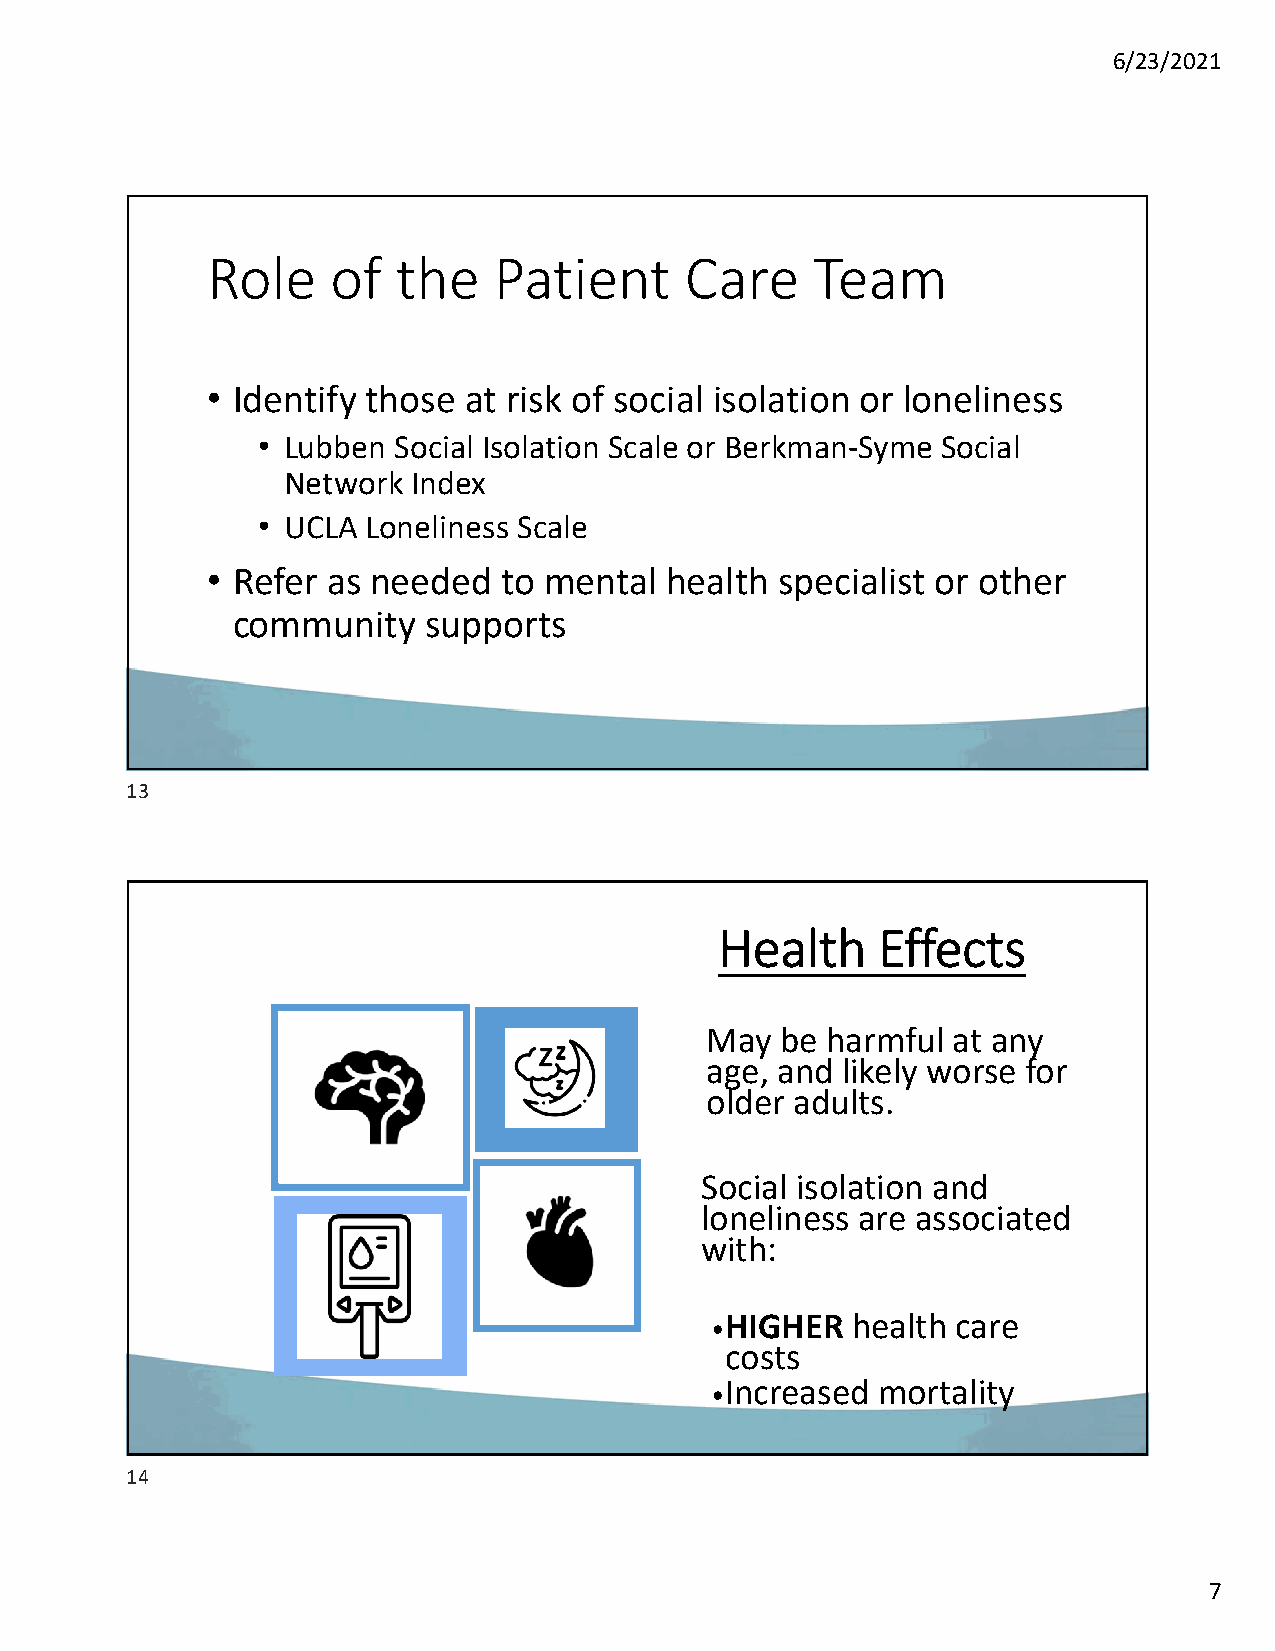
6/23/2021
 Role    of  the    Patient     Care     Team
 • Identify those at risk of social isolation or loneliness
 • Lubben Social Isolation Scale or Berkman‐Syme Social
 Network Index
 • UCLA Loneliness Scale
 • Refer as needed  to mental  health specialist or other
 community    supports
 13
 Health    Effects
 May  be harmful at any
 age, and likely worse for
 older adults.
 Social isolation and
 loneliness are associated
 with:
 HIGHER  health care
 •
 costs
 Increased mortality
 •
 14
 7